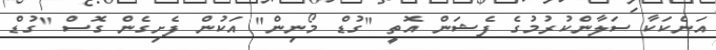
އަނެކަކާ ސަލާންކުރުމުގެ ފެޝަން އޮތީ "ގުޑް މޯނިން" އަކުން ފެށިގެން ގޮސް "ގުޑް